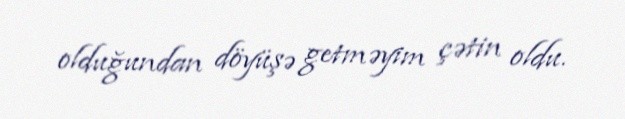
olduğundan döyüşə getməyim çətin oldu.